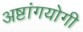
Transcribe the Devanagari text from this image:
अष्टांगयोगी